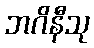
ဘဂိနီသု